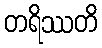
တရိဿတိ